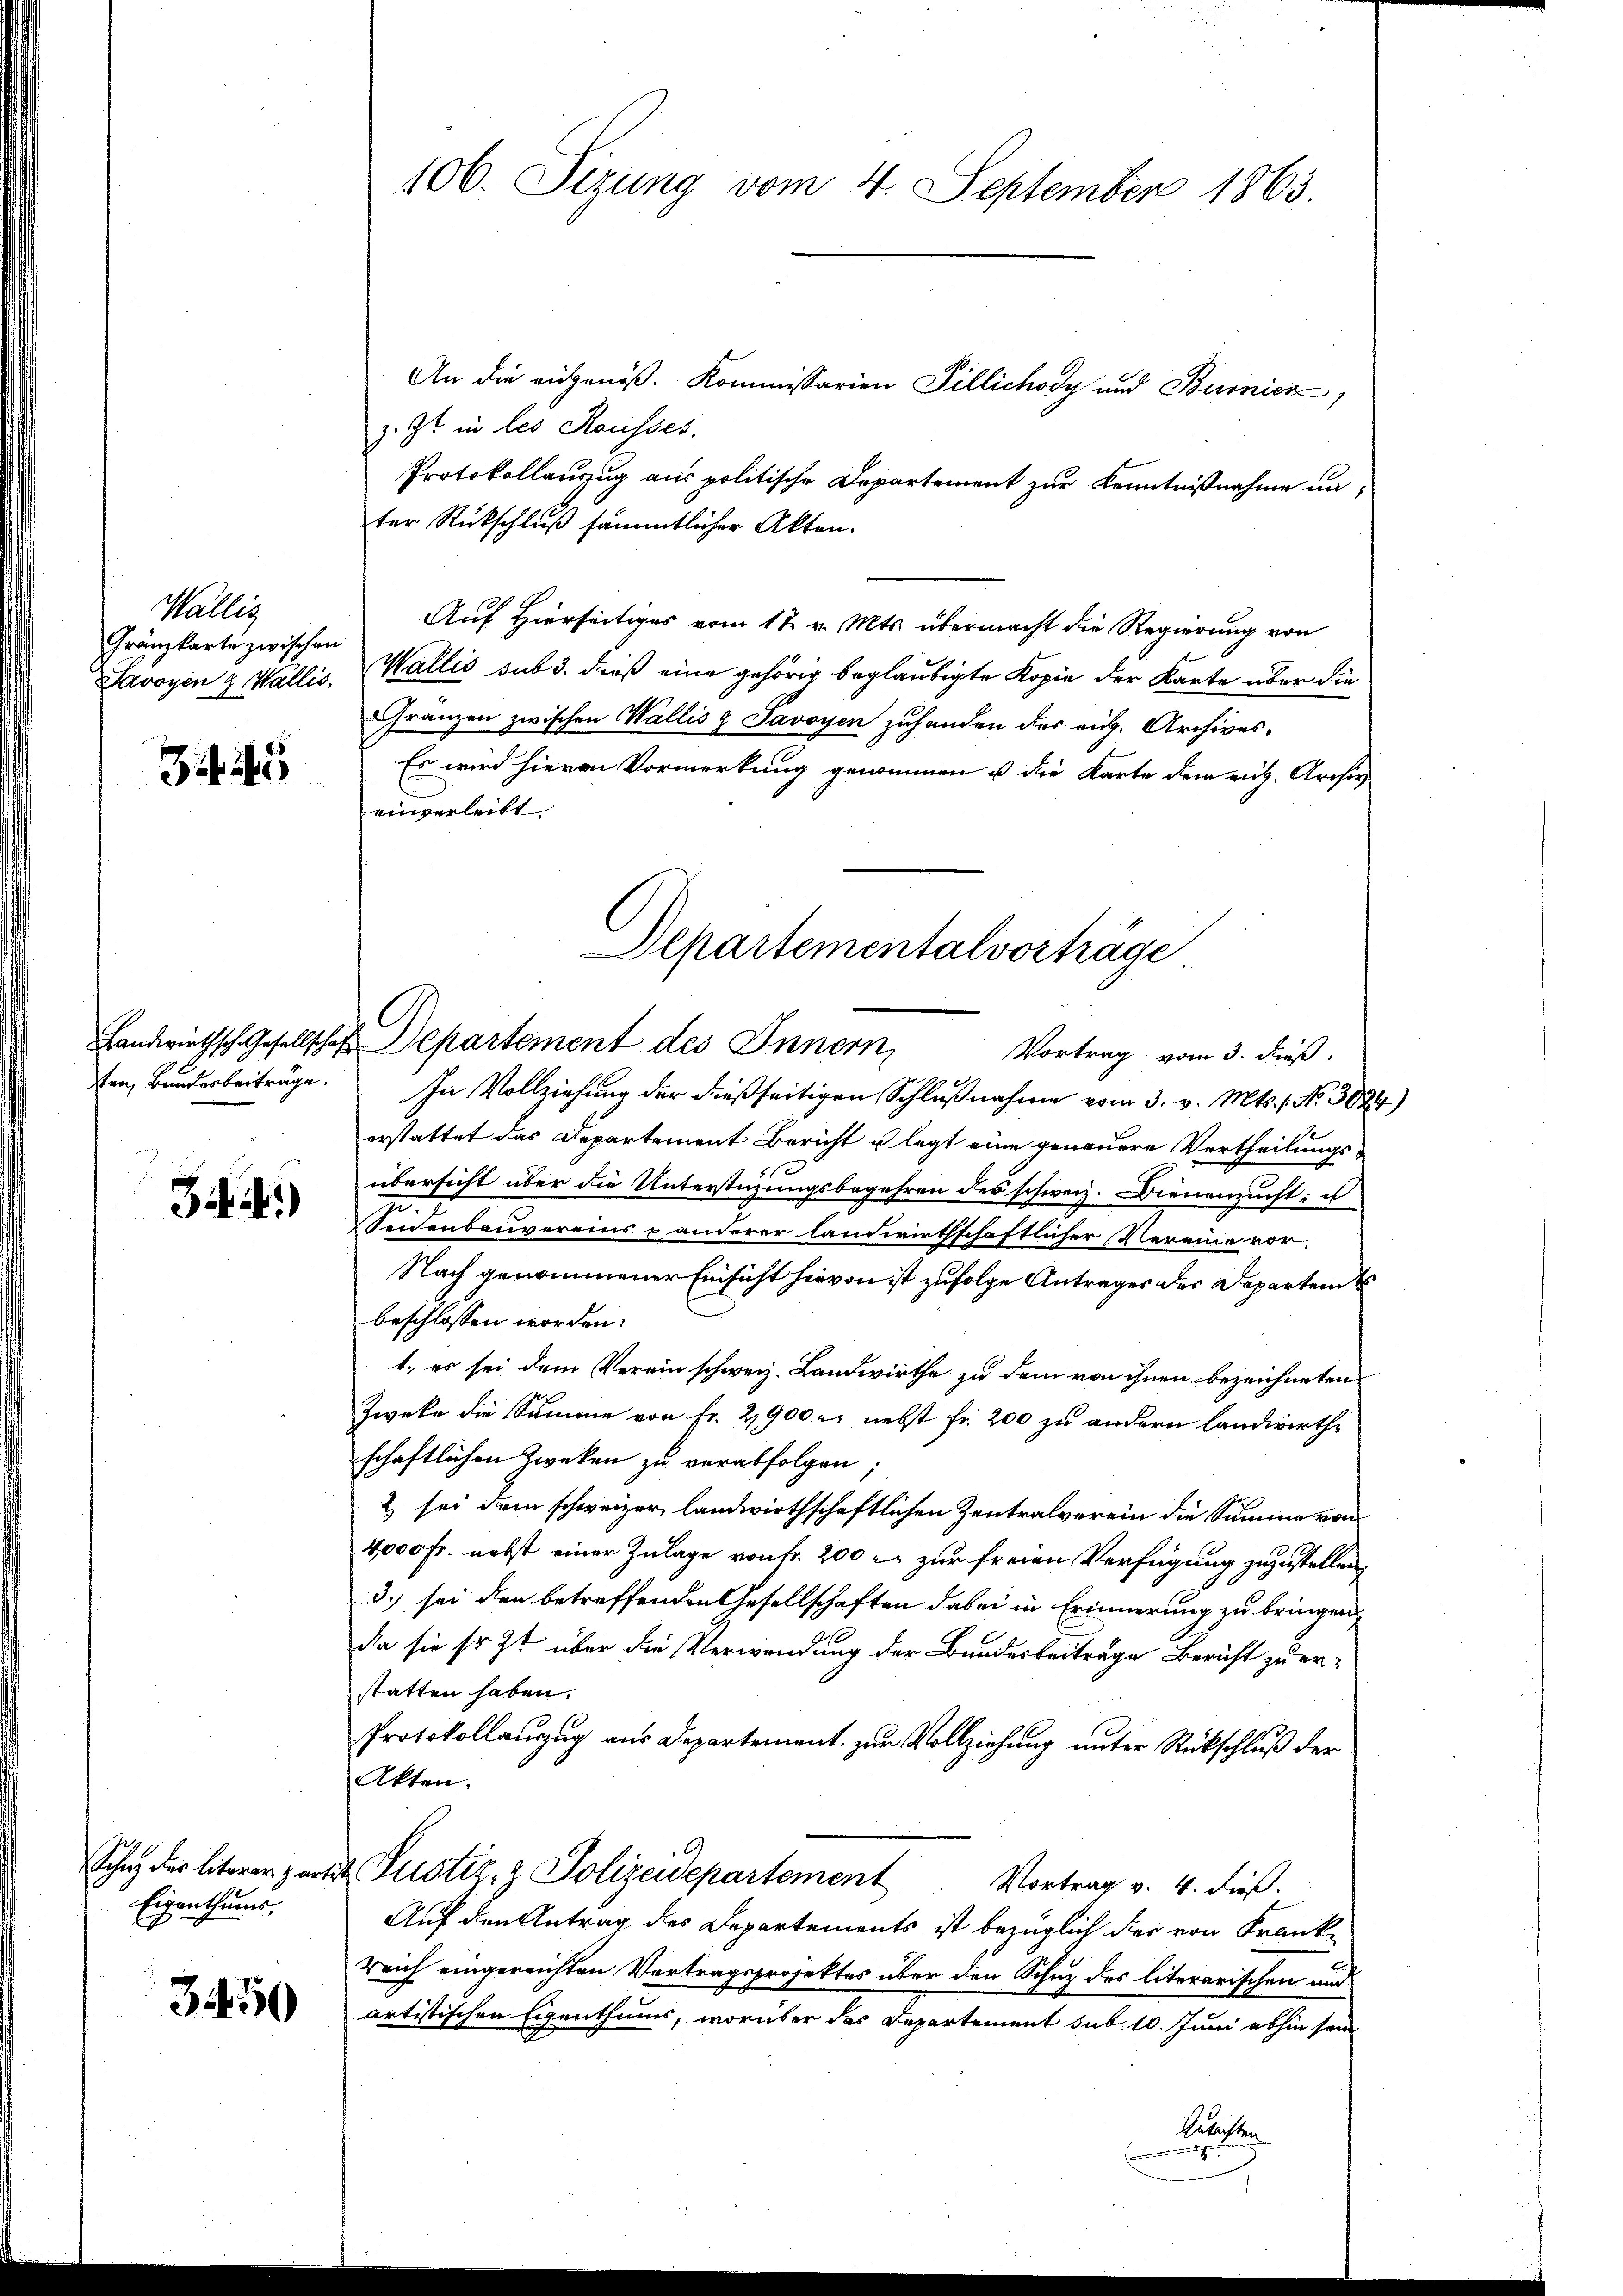
Wallig
Gränzkarte zwischen

Zif. 5

ten, Bundesbeiträge.

Zi.)

Sohn der literer zart.
Eigenthums,

3450

106. Sizung vom 4. September 1863.

An die eidgenöß. Kommissarien Pillichody und Burnier
z. Zt. in les Rousses.
Protokollauszug aus politische Departement zur Kenntnißnahme unter Rückschluß sämmtlicher Akten.
Auf Hierseitiges vom 17. v. Mts. übermacht die Regierung von
Savoyen & Wallis, Wallis sub 3. dieß eine gehörig beglaubigte Kopie der Karte über die
Gränzen zwischen Wallis & Savoyen zuhanden des rich. Archives¬
Es wird hievon Vormerkung genommen u die Karte dem rich. Archiv
einverleibt
Landwirthsch. Gesellschaft Departement des Innern,
Vortrag vom 3. dieß.
In Vollziehung der dießseitigen Schlußnahme vom 3. v. Mts. 1. No. 3024
erstattet das Departement Bericht u legt eine genauere Vertheilungsübersicht über die Unterstüzungsbegehren des schweiz. Dienenzucht, u
Seidenbauvereins & anderer landwirthschaftlicher Vereine vor-
Nach genommener Einsicht hievon ist zufolge Antrages der Departen
beschlossen worden:
1., es sei dem Verein schweiz. Landwirthe zu dem von ihnen bezeichneten
Zwecke die Summe von Fr. 2900 u. nebst fr. 200 zu andern landwirthschaftlichen Zweken zu verabfolgen;
2 sei dem schweizer landwirthschaftlichen Zentralverein die Summe von
4,000 Fr. nebst einer Zulage von fr. 200 r. zur freien Verfügung zuzustellen,
3.) sei den betreffenden Gesellschaften dabei in Erinnerung zu bringen,
da sie sr. Zt über die Verwendung der Bunderbeiträge Bericht zu erstatten haben.
Protokollauszug aus Departement zur Vollziehung unter Rückschluß der
Akten.
x Justiz- & Polizeidepartement
Vortrag v. 4. dieß.
Auf den Antrag des Departements ist bezüglich der von Frank
reich eingereichten Vertragsprojektes über den Schuz des literarischen und
artistischen Eigenthums, worüber das Departement sub. 10. Juni abhin seine
Gerichten

Departementalvorträge